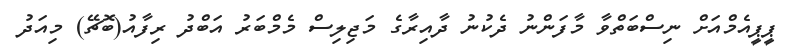
ޕީޕީއެމްއަށް ނިސްބަތްވާ މާފަންނު ދެކުނު ދާއިރާގެ މަޖިލިސް މެމްބަރު އަބްދު ރިފާއު(ބޮޗޭ) މިއަދު